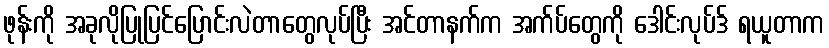
ဖုန်းကို အခုလိုပြုပြင်ပြောင်းလဲတာတွေလုပ်ပြီး အင်တာနက်က အက်ပ်တွေကို ဒေါင်းလုပ်ဒ် ရယူတာက